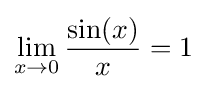
\lim _{x\rightarrow 0}{\frac {\sin(x)}{x}}=1